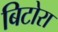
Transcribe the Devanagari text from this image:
बिटोरा